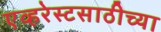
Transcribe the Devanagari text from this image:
एव्हरेस्टसाठीच्या